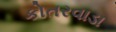
કોતરવાડા